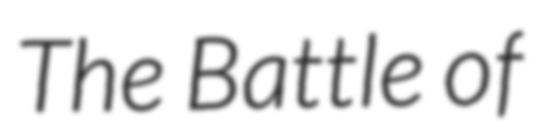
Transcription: The Battle of